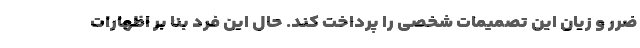
ضرر و زیان این تصمیمات شخصی را پرداخت کند. حال این فرد بنا بر اظهارات